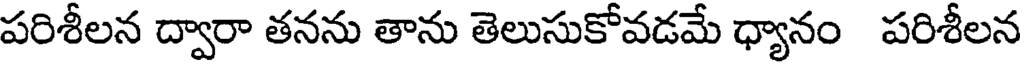
పరిశీలన ద్వారా తనను తాను తెలుసుకోవడమే ధ్యానం పరిశీలన